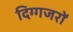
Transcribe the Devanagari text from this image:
दिग्गजरों